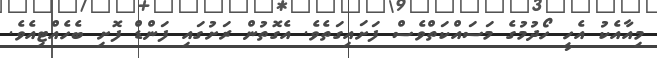
މިއާއެކު އެހީ ހޯދުމުގެ މަސައްކަތްވެސް ފަށައިގަތެވެ. އެގޮތުން ރަށުގައި ފަންޑް ފޮށި ބެހެއްޓިއެވެ.